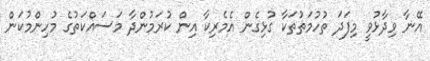
އޭނާ ވިދާޅުވީ މިފަދަ ތުހުމަތުތަކާ ގުޅިގެން އެމެރިކާ އިން ކުރަމުންދާ މަސައްކަތުގެ މުހިންމުކަން